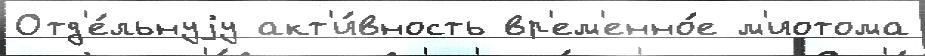
Отд'е́льнуjу акт'и́вность вр'ем'енно́е м'иотома